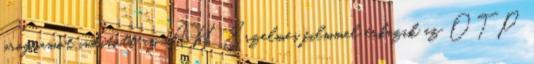
programot indított az AH Érzelmes filmmel érkezik az OTP